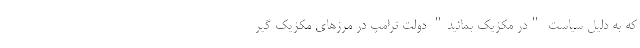
که به دلیل سیاستِ "در مکزیک بمانید" دولت ترامپ در مرزهای مکزیک گیر